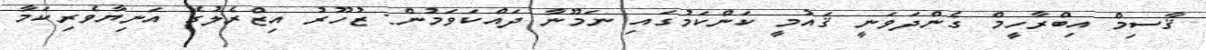
ޤާސިމް އިބްރާހީމް ގެންދަވަނީ ޤައުމީ ކަންކަމުގައި ނަމޫނާ ދައްކަވަމުން: ޒުހޫރު އިޒްރެލުގެ އަނިޔާވެރިކަމާ